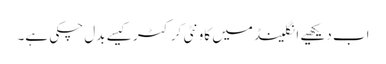
اب دیکھیے انگلینڈ میں کاونٹی کرکٹر کیسے بدل چکی ہے۔